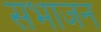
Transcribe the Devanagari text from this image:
सभाजन